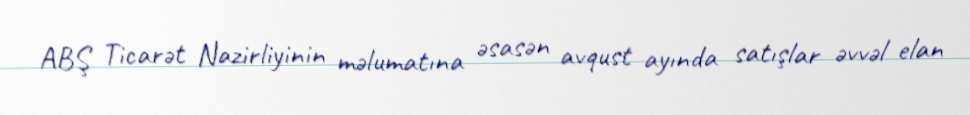
ABŞ Ticarət Nazirliyinin məlumatına əsasən avqust ayında satışlar əvvəl elan